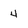
Character: 4